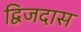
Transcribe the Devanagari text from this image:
द्विजदास